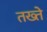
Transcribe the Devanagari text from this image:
तख्‍ते